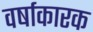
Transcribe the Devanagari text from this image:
वर्षाकारक